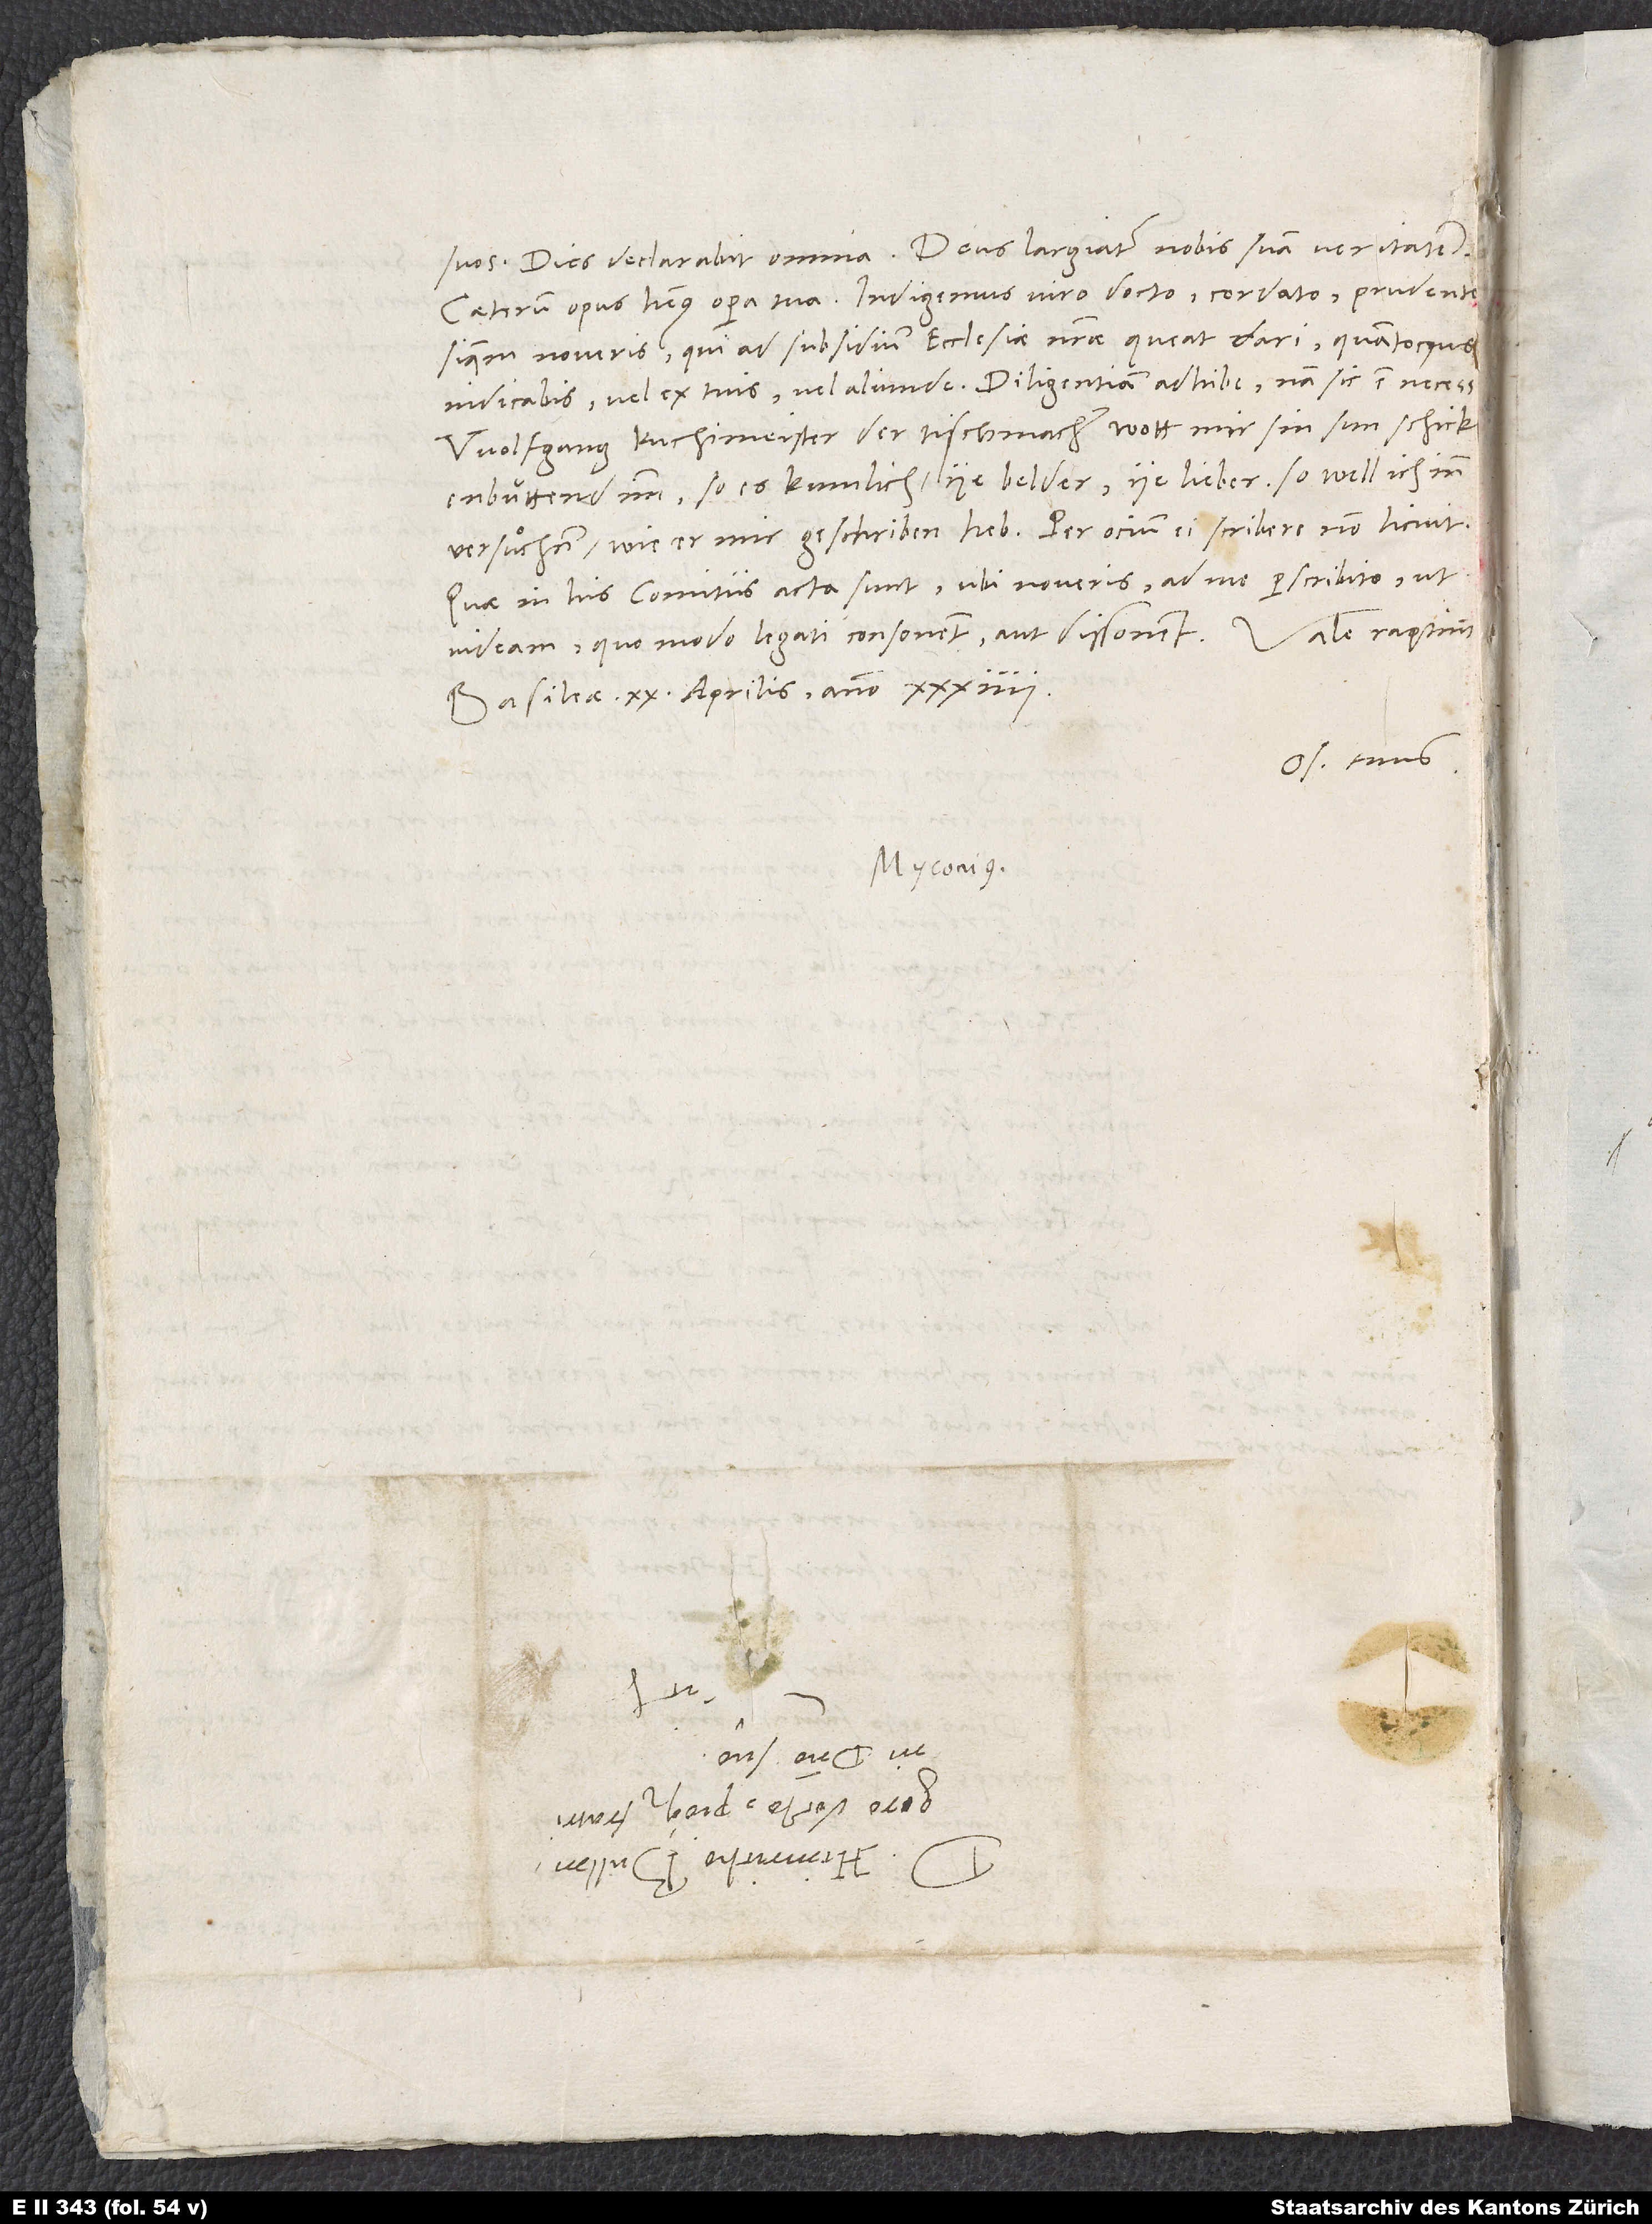
suos. Dies declarabit omnia. Deus largiatur nobis suam veritatem.
Caeterum opus habemus opera tua: Indigemus viro docto, cordato, prudenti.
Si quem noveris, qui ad subsidium ecclesiae nostrae queat dari, quantocyus
indicabis, vel ex tuis vel aliunde. Diligentiam adhibe, nam sic est neces.
Wolfgang Kuchimeister der, tischmacher, wott mir sin sun schick;
enbüttend imm, so es kumlich, ye belder, ye lieber, so will ich inn
versuͦchen, wie er mir geschriben heb. Per ocium ei scribere non licuit.
Quae in his comitiis acta sunt, ubi noveris, ad me perscribito, ut
videam, quomodo legati consonent aut dissonent.
Basileae, 20. aprilis anno 34.
Os. tuus.
S.